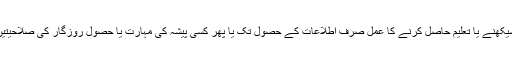
ناریندر مودی نے کہا کہ آج کے دور میں سیکھنے یا تعلیم حاصل کرنے کا عمل صرف اطلاعات کے حصول تک یا پھر کسی پیشہ کی مہارت یا حصول روزگار کی صلاحیتیں حاصل کرنے تک محدود ہوتا جا رہا ہے ۔